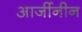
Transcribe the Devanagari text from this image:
आर्जीनीन